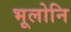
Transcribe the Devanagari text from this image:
भूलोनि